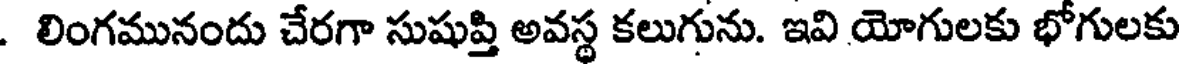
. లింగమునందు చేరగా సుషుప్తి అవస్థ కలుగును. ఇవి యోగులకు భోగులకు